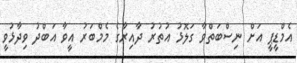
އެމްޑީޕީ އަށް ނިސްބަތްވާ ގަލޮޅު އުތުރު ދާއިރާގެ މެމްބަރު އީވާ އަބްދު ވިދާޅުވީ